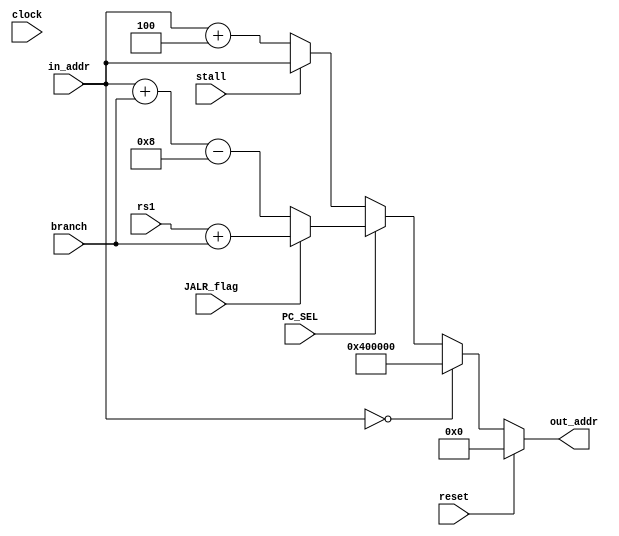
module PC_incr(
	input wire clock,
	input wire reset,
	input wire [31:0] in_addr,
	input wire stall,
	input wire PC_SEL,
	input wire [31:0] branch,
	input wire JALR_flag,
	input wire [31:0] rs1,
	output reg [31:0] out_addr
	);
	
	initial begin
		out_addr <= 0;
	end
	
	
	always @* begin
		if (reset == 1) begin
			out_addr <= 0;
		end else begin
			if (in_addr == 0) begin
				out_addr <= 32'h400000;
			end else if (PC_SEL == 0) begin
				if (stall == 0) begin//only move if not stalled
					out_addr <= in_addr + 4;//word accesible
				end else begin
					out_addr <= in_addr;
				end
			end else begin
				if (JALR_flag) begin//JALR needs special case
					out_addr <= rs1 + branch;
				end else begin
					out_addr <= in_addr + branch - 8;//convert to word access and account for 2 lost cycles
				end
			end
		end
	end
	
endmodule